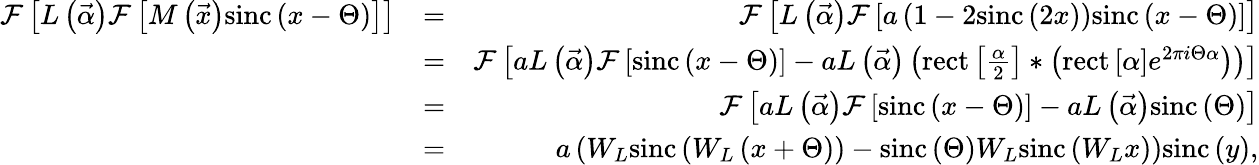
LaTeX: \begin{array}{rlr}{\mathcal{F}\left[L\left(\vec{\alpha}\right)\mathcal{F}\left[M\left(\vec{x}\right)\mathrm{sinc}\left(x-\Theta\right)\right]\right]}&{=}&{\mathcal{F}\left[L\left(\vec{\alpha}\right)\mathcal{F}\left[a\left(1-2\mathrm{sinc}\left(2x\right)\right)\mathrm{sinc}\left(x-\Theta\right)\right]\right]}\\ &{=}&{\mathcal{F}\left[aL\left(\vec{\alpha}\right)\mathcal{F}\left[\mathrm{sinc}\left(x-\Theta\right)\right]-aL\left(\vec{\alpha}\right)\left(\mathrm{rect}\left[\frac{\alpha}{2}\right]\ast\left(\mathrm{rect}\left[\alpha\right]e^{2\pi i\Theta\alpha}\right)\right)\right]}\\ &{=}&{\mathcal{F}\left[aL\left(\vec{\alpha}\right)\mathcal{F}\left[\mathrm{sinc}\left(x-\Theta\right)\right]-aL\left(\vec{\alpha}\right)\mathrm{sinc}\left(\Theta\right)\right]}\\ &{=}&{a\left(W_{L}\mathrm{sinc}\left(W_{L}\left(x+\Theta\right)\right)-\mathrm{sinc}\left(\Theta\right)W_{L}\mathrm{sinc}\left(W_{L}x\right)\right)\mathrm{sinc}\left(y\right),}\end{array}